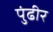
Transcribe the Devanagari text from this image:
पुंढीर